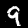
Label: 9